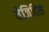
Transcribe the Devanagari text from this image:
येज़िदिस